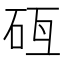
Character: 𥑗